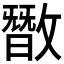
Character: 𪯘